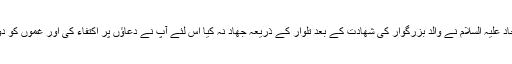
بعض لوگوں کا زعم باطل ھے کہ چونکہ امام سجاد علیہ السلام نے والد بزرگوار کی شھادت کے بعد تلوار کے ذریعہ جھاد نہ کیا اس لئے آپ نے دعاؤں پر اکتفاء کی اور غموں کو دور کرنے کیلئے ھر وقت دعا مانگا کرتے تھے؟